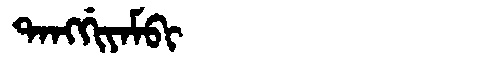
Manchu: ᡨᠠᠩᡤᡳᠶᠠᠮᠪᡳ
Romanization: TANGGIYAMBI